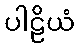
ပါဠိယံ